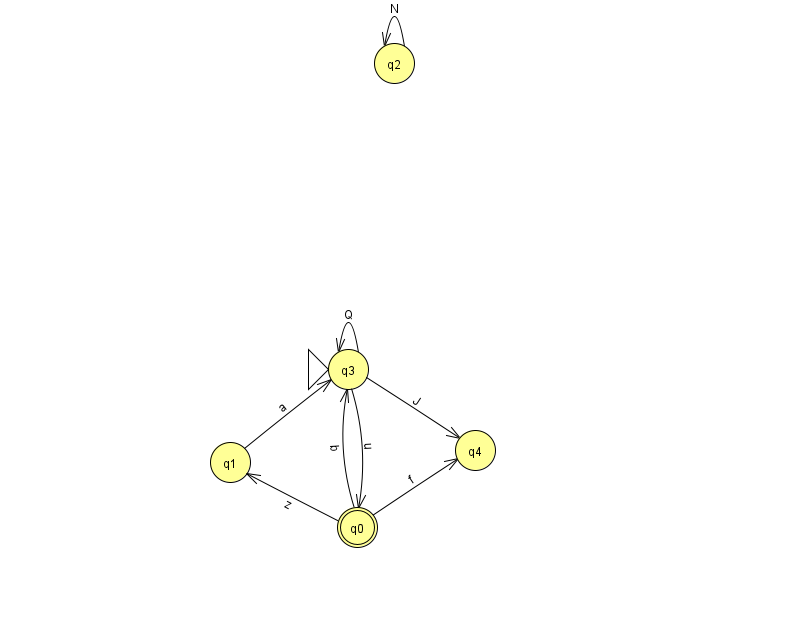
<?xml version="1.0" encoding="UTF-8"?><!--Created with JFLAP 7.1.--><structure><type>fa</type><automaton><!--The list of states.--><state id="0" name="q0"><x>357.0</x><y>514.0</y><final/></state><state id="1" name="q1"><x>230.0</x><y>449.0</y></state><state id="2" name="q2"><x>394.0</x><y>50.0</y></state><state id="3" name="q3"><x>348.0</x><y>356.0</y><initial/></state><state id="4" name="q4"><x>475.0</x><y>437.0</y></state><!--The list of transitions.--><transition><from>0</from><to>4</to><read>f</read></transition><transition><from>1</from><to>3</to><read>a</read></transition><transition><from>3</from><to>3</to><read>Q</read></transition><transition><from>0</from><to>1</to><read>z</read></transition><transition><from>3</from><to>4</to><read>J</read></transition><transition><from>0</from><to>3</to><read>b</read></transition><transition><from>3</from><to>0</to><read>u</read></transition><transition><from>2</from><to>2</to><read>N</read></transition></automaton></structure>